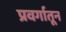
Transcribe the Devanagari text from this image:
प्रवर्गातून